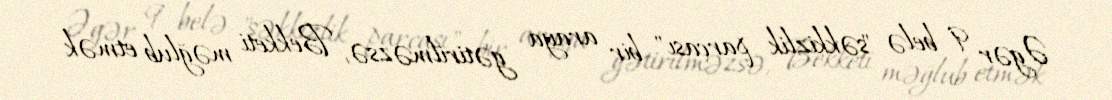
Əgər 9 belə "səkkizlik parçası" bir araya gətirilməzsə, Bekketi məğlub etmək